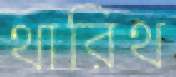
থারিথ